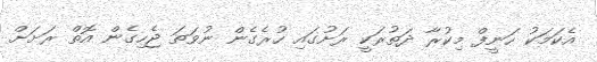
އެކަމަކު ހަނީފް މިކުރާ ދަތުރަކީ ރަށުގައި ހުރެގެން ނުވަތަ ޖެހިގެން އޮތް ރަށަށް